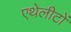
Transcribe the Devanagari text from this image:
एथेलीटों